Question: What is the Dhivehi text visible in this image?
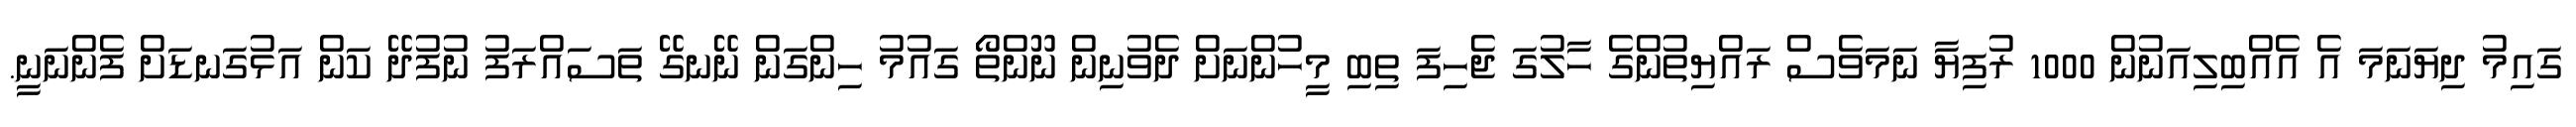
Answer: ގައިމު ދިޔަނަމަ އެ އެއްބިލިއަނުން 1000 ރުފިޔާ ނަމަވެސް ރައްޔިތުންގެ ހާލުގަ ޖެހިފަ ތިބި މީހުންނަށް ދެވުނިން ނޫންތޯ ގައުމު ހިންގަން ނޭނގޭ ތަސައްރަފު ނުފުދޭ ކަން އަޅުގަނޑަށް ފެންނަނީ.